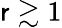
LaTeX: \mathsf{r}\gtrsim1